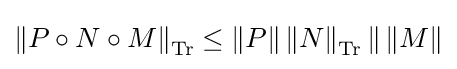
{\textstyle \left\|P\circ N\circ M\right\|_{\operatorname {Tr} }\leq \left\|P\right\|\left\|N\right\|_{\operatorname {Tr} }\|\left\|M\right\|}